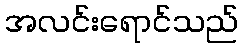
အလင်းရောင်သည်